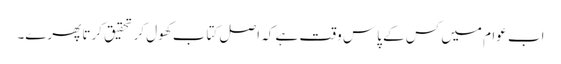
اب عوام میں کس کے پاس وقت ہے کہ اصل کتاب کھول کر تحقیق کرتا پھرے۔